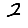
Digit: 2